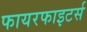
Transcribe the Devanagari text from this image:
फायरफाइटर्स